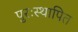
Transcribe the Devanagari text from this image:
पुरःस्थापित